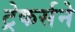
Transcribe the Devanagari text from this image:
ट्रेकर्सने